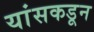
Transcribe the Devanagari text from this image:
यांसकडून